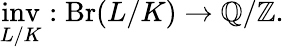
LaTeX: {\underset{L/K}{\operatorname{inv}}}:\operatorname{Br}(L/K)\rightarrow\mathbb{Q}/\mathbb{Z}.